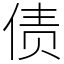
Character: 债